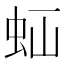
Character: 𧉋